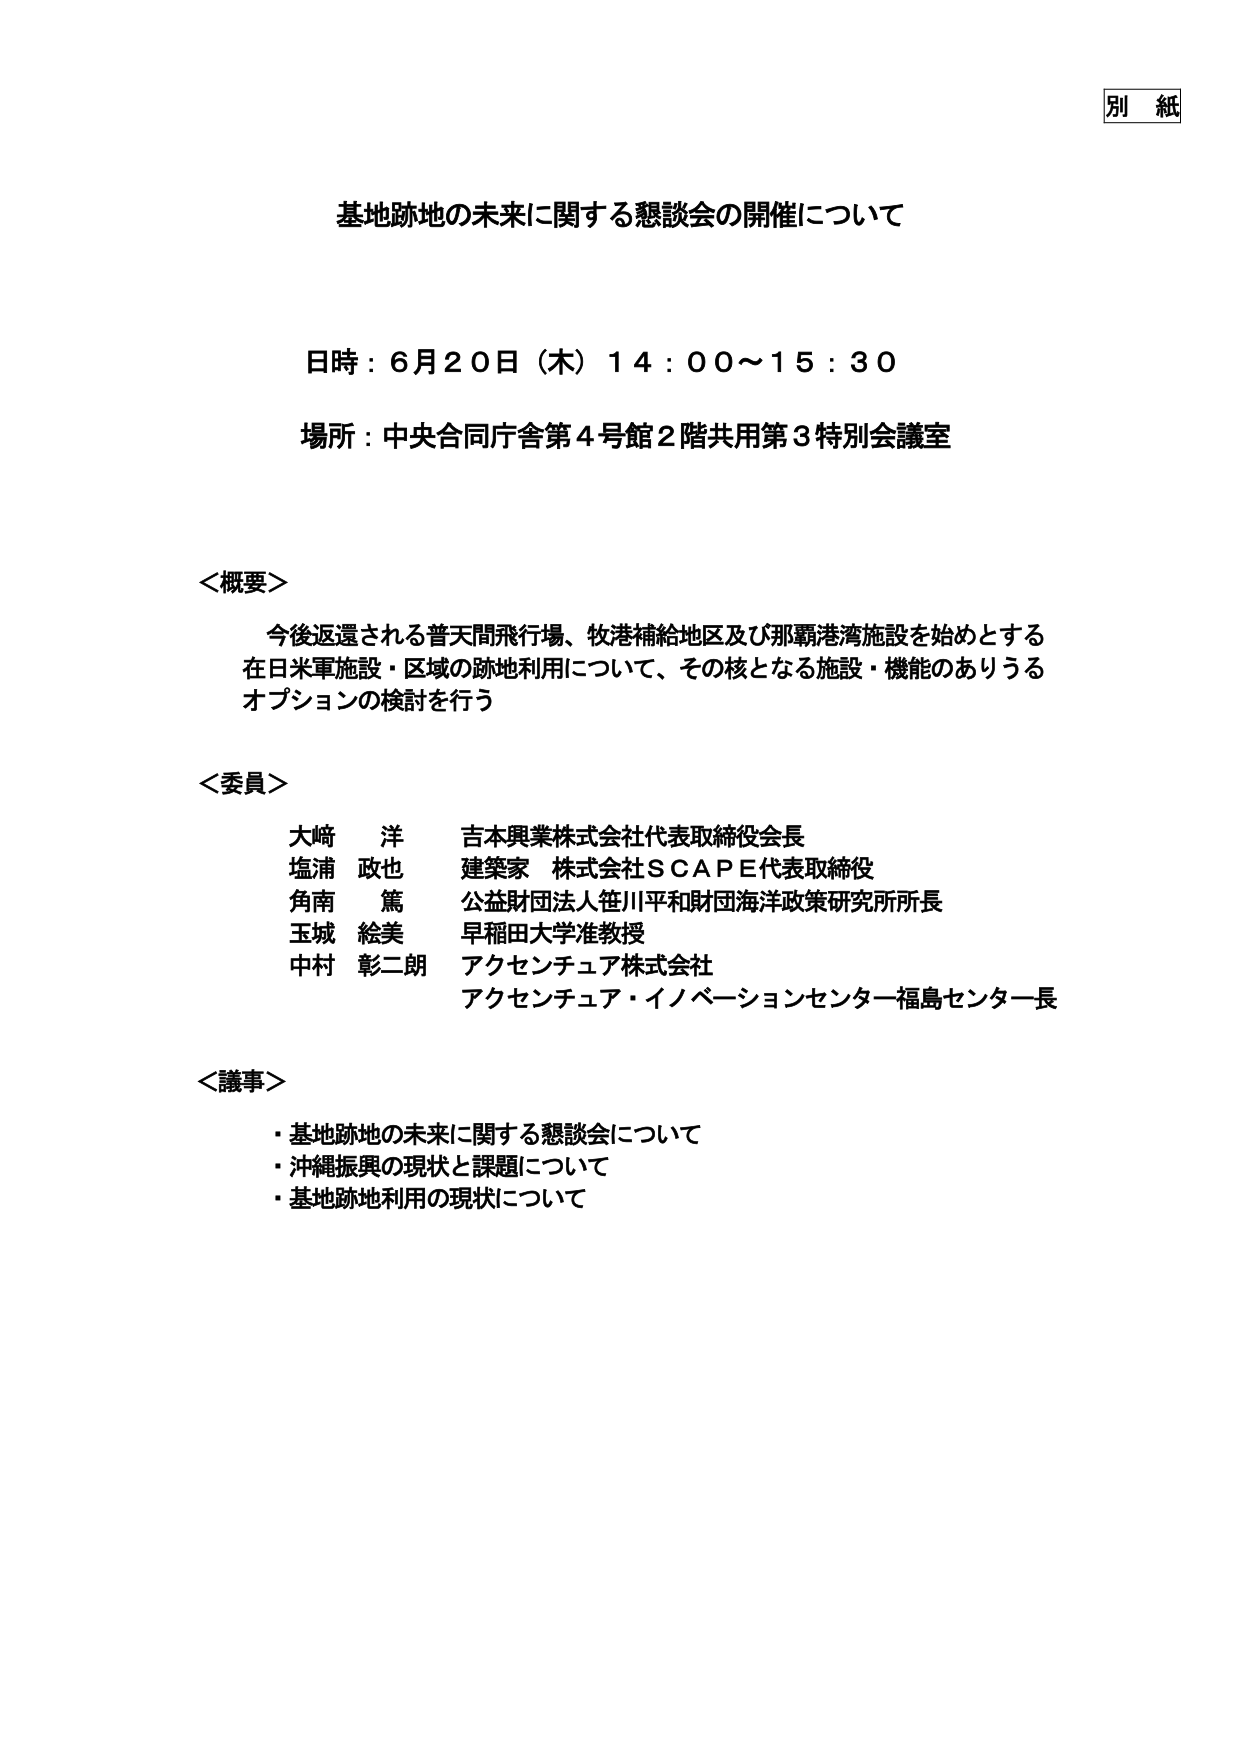
別 紙

基地跡地の未来に関する懇談会の開催について

日時：6月20日（木）14：00～15：30
場所：中央合同庁舎第4号館2階共用第3特別会議室

＜概要＞
今後返還される普天間飛行場、牧港補給地区及び那覇港湾施設を始めとする
在日米軍施設・区域の跡地利用について、その核となる施設・機能のありうる
オプションの検討を行う

＜委員＞
大崎 洋 吉本興業株式会社代表取締役会長
塩浦 政也 建築家 株式会社ＳＣＡＰＥ代表取締役
角南 篤 公益財団法人笹川平和財団海洋政策研究所所長
玉城 絵美 早稲田大学准教授
中村 彰二朗 アクセンチュア株式会社
　　　　　　アクセンチュア・イノベーションセンター福島センター長

＜議事＞
・基地跡地の未来に関する懇談会について
・沖縄振興の現状と課題について
・基地跡地利用の現状について